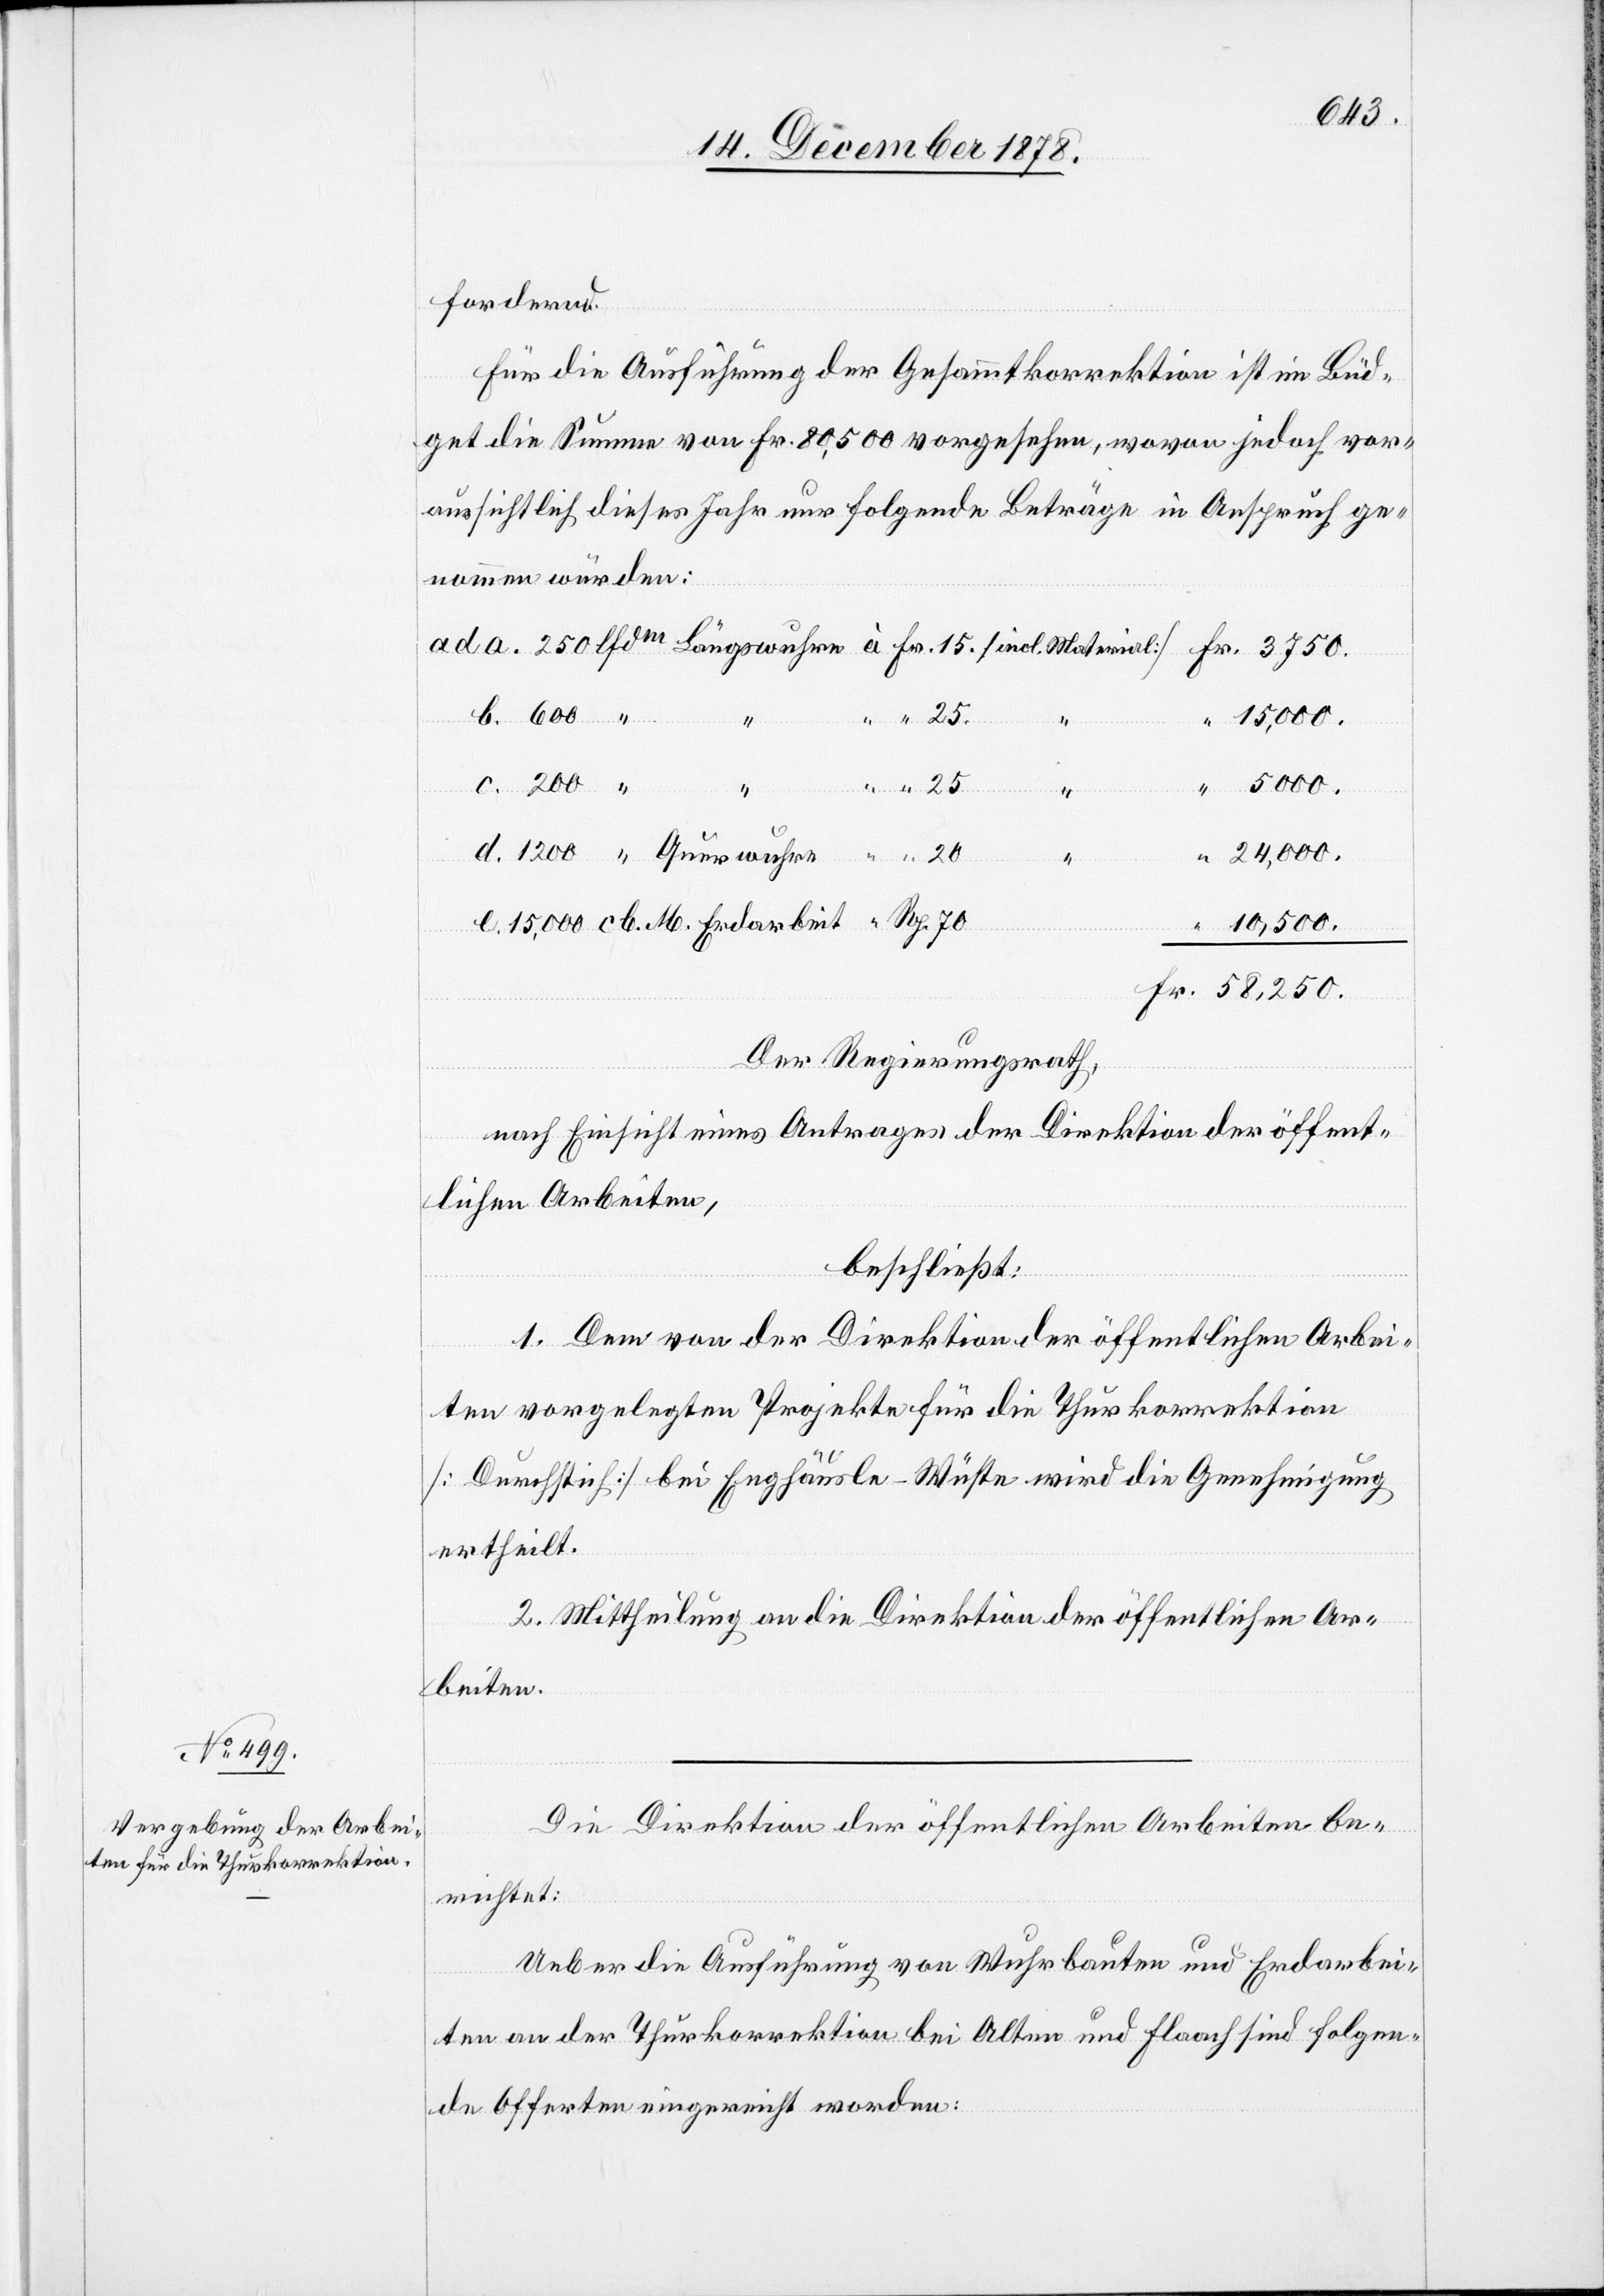
Qu¬

1200
fordernd.
Für die Ausführung der Gesammtkorrektion ist im Büd¬
get die Summe von Fr. 80,500 vorgesehen, wovon jedoch vor¬
aussichtlich dieses Jahr nur folgende Beträge in Anspruch ge¬
nommen würden:
15,000
25.
200
“
d.
beit
24,000.
e.
10,500.
“
“
Der Regierungsrath,
nach Einsicht eines Antrages der Direktion der öffent¬
lichen Arbeiten,
beschließt:
M.
1. Dem von der Direktion der öffentlichen Arbei¬
ten vorgelegten Projekte für die Thurkorrektion
[Durchstich] bei Enghäusle - Wüste wird die Genehmigung
Fr.
ertheilt.
2. Mittheilung an die Direktion der öffentlichen Ar¬
beiten.
Die Direktion der öffentlichen Arbeiten be¬
richtet:
Ueber die Ausführung von Wuhrbauten und Erdarbei¬
ten an der Thurkorrektion bei Alten und Flaach sind folgen¬
de Offerten eingereicht worden: